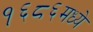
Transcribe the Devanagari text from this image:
१६८६मध्ये